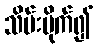
သိမ်းပိုက်၍